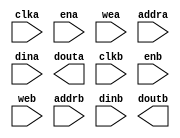
module dpram_xlx  #(
    parameter              ADDRWIDTH = 4,
    parameter              DATAWIDTH = 8,
    parameter [ADDRWIDTH:0] DEPTH = 16
) (
	clka,
	ena,
	wea,
	addra,
	dina,
	douta,
	clkb,
	enb,
	web,
	addrb,
	dinb,
	doutb
);


input clka;
input ena;
input [0 : 0] wea;
input [ADDRWIDTH-1 : 0] addra;
input [DATAWIDTH-1 : 0] dina;
output[DATAWIDTH-1 : 0] douta;
input clkb;
input enb;
input [0 : 0] web;
input [ADDRWIDTH-1 : 0] addrb;
input [DATAWIDTH-1 : 0] dinb;
output[DATAWIDTH-1 : 0] doutb;

// synthesis translate_off

      BLK_MEM_GEN_V4_3 #(
		.C_ADDRA_WIDTH(ADDRWIDTH),
		.C_ADDRB_WIDTH(ADDRWIDTH),
		.C_ALGORITHM(1),
		.C_BYTE_SIZE(9),
		.C_COMMON_CLK(0),
		.C_DEFAULT_DATA("0"),
		.C_DISABLE_WARN_BHV_COLL(0),
		.C_DISABLE_WARN_BHV_RANGE(0),
		.C_FAMILY("spartan6"),
		.C_HAS_ENA(1),
		.C_HAS_ENB(1),
		.C_HAS_INJECTERR(0),
		.C_HAS_MEM_OUTPUT_REGS_A(0),
		.C_HAS_MEM_OUTPUT_REGS_B(0),
		.C_HAS_MUX_OUTPUT_REGS_A(0),
		.C_HAS_MUX_OUTPUT_REGS_B(0),
		.C_HAS_REGCEA(0),
		.C_HAS_REGCEB(0),
		.C_HAS_RSTA(0),
		.C_HAS_RSTB(0),
		.C_HAS_SOFTECC_INPUT_REGS_A(0),
		.C_HAS_SOFTECC_OUTPUT_REGS_B(0),
		.C_INITA_VAL("0"),
		.C_INITB_VAL("0"),
		.C_INIT_FILE_NAME("no_coe_file_loaded"),
		.C_LOAD_INIT_FILE(0),
		.C_MEM_TYPE(2),
		.C_MUX_PIPELINE_STAGES(0),
		.C_PRIM_TYPE(1),
		.C_READ_DEPTH_A(DEPTH),
		.C_READ_DEPTH_B(DEPTH),
		.C_READ_WIDTH_A(DATAWIDTH),
		.C_READ_WIDTH_B(DATAWIDTH),
		.C_RSTRAM_A(0),
		.C_RSTRAM_B(0),
		.C_RST_PRIORITY_A("CE"),
		.C_RST_PRIORITY_B("CE"),
		.C_RST_TYPE("SYNC"),
		.C_SIM_COLLISION_CHECK("ALL"),
		.C_USE_BYTE_WEA(0),
		.C_USE_BYTE_WEB(0),
		.C_USE_DEFAULT_DATA(0),
		.C_USE_ECC(0),
		.C_USE_SOFTECC(0),
		.C_WEA_WIDTH(1),
		.C_WEB_WIDTH(1),
		.C_WRITE_DEPTH_A(DEPTH),
		.C_WRITE_DEPTH_B(DEPTH),
		.C_WRITE_MODE_A("WRITE_FIRST"),
		.C_WRITE_MODE_B("WRITE_FIRST"),
		.C_WRITE_WIDTH_A(DATAWIDTH),
		.C_WRITE_WIDTH_B(DATAWIDTH),
		.C_XDEVICEFAMILY("spartan6"))
	inst (
		.CLKA(clka),
		.ENA(ena),
		.WEA(wea),
		.ADDRA(addra),
		.DINA(dina),
		.DOUTA(douta),
		.CLKB(clkb),
		.ENB(enb),
		.WEB(web),
		.ADDRB(addrb),
		.DINB(dinb),
		.DOUTB(doutb),
		.RSTA(),
		.REGCEA(),
		.RSTB(),
		.REGCEB(),
		.INJECTSBITERR(),
		.INJECTDBITERR(),
		.SBITERR(),
		.DBITERR(),
		.RDADDRECC());


// synthesis translate_on

// XST black box declaration
// box_type "black_box"
// synthesis attribute box_type of dpram_xlx is "black_box"

endmodule